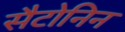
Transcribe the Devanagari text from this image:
सैटोनिन